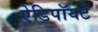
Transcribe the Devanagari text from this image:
ऐडिपॉयटे